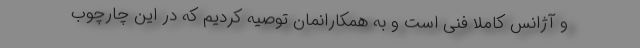
و آژانس کاملا فنی است و به همکارانمان توصیه کردیم که در این چارچوب